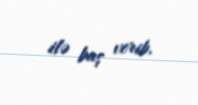
ilə baş verib.